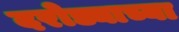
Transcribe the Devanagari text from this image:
दरोड्याच्या